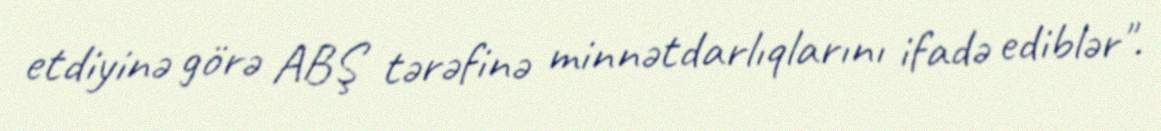
etdiyinə görə ABŞ tərəfinə minnətdarlıqlarını ifadə ediblər".